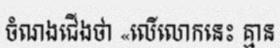
ចំណងជើងថា «លើលោកនេះ គ្មាន